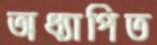
অধ্যাপিত